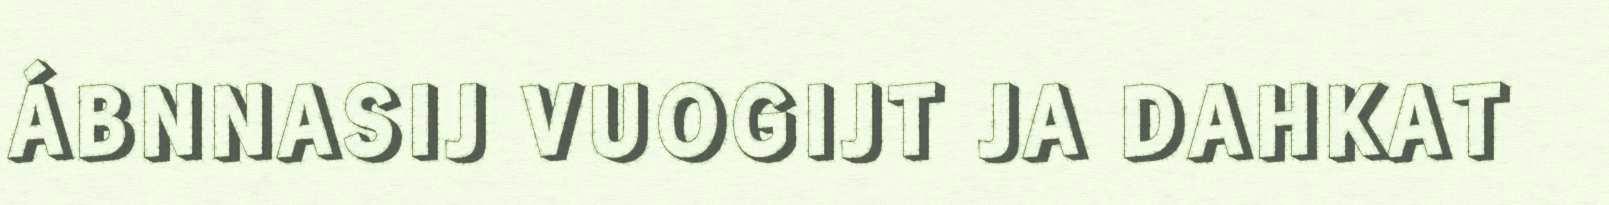
ÁBNNASIJ VUOGIJT JA DAHKAT